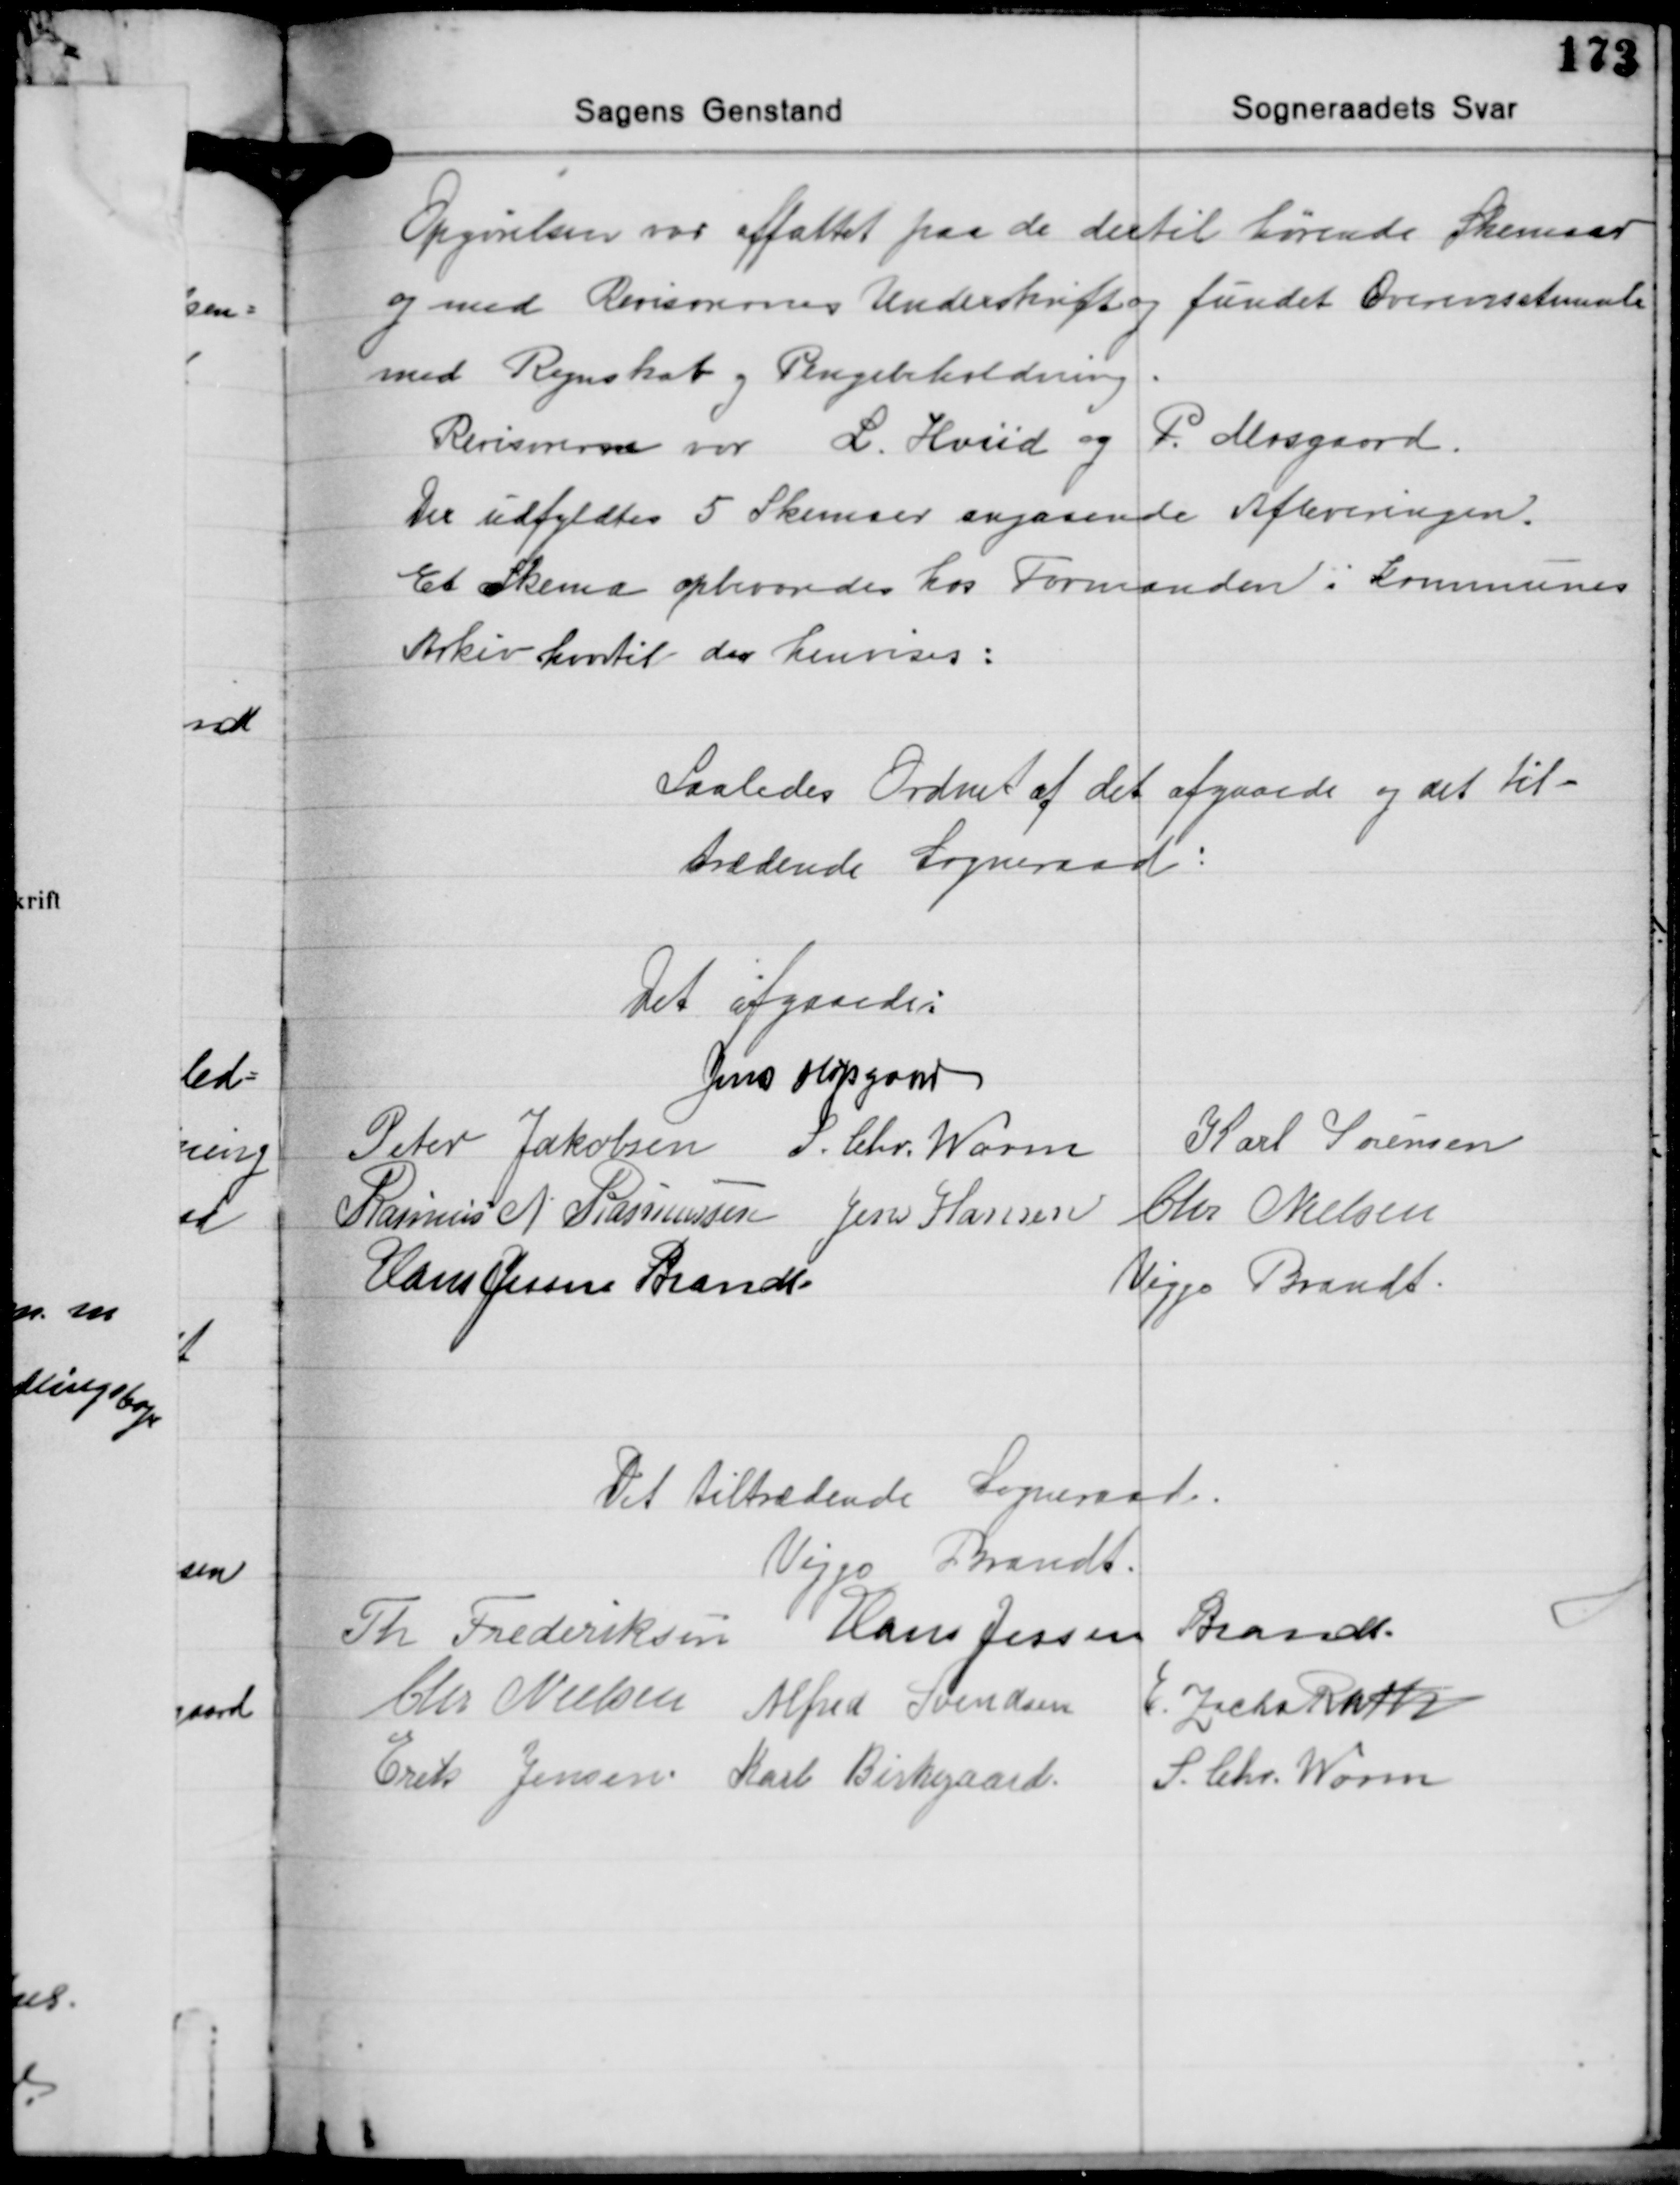
Transskription:
Opgørelsen var affattet paa de dertil hørende Skemaer
og med Revisorernes Underskrift og fundet Overensstemende
med Regnskab og Pengebeholdning
Revisorerne var L. Hviid og P. Mosgaard.
Der udfyldtes 5 Skemaer angaaende Afleveringen.
Et Skema opbevaredes hos Formanden i Kommunes
Arkiv hvortil der henvises:

Saaledes Ordnet af det afgaaede og det til-
trædende Sogneraad:

Det afgaaende:
Jens Højsgaard
Peter Jakobsen J. Chr. Worm Karl Sørensen
Rasmus N. Rasmussen Jens Hansen Chr. Nielsen
Hans Jessen Brandt
Viggo Brandt

Det tiltrædende Sogneraad.
Viggo Brandt
Th. Frederiksen Hans Jessen Brandt
Chr. Nielsen Alfred Svendsen E. Zacho Rath
S. Chr. Worm
Erik Jensen Karl Birkegaard